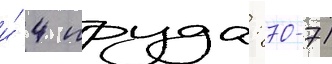
и́ 4 пруда: 70-71